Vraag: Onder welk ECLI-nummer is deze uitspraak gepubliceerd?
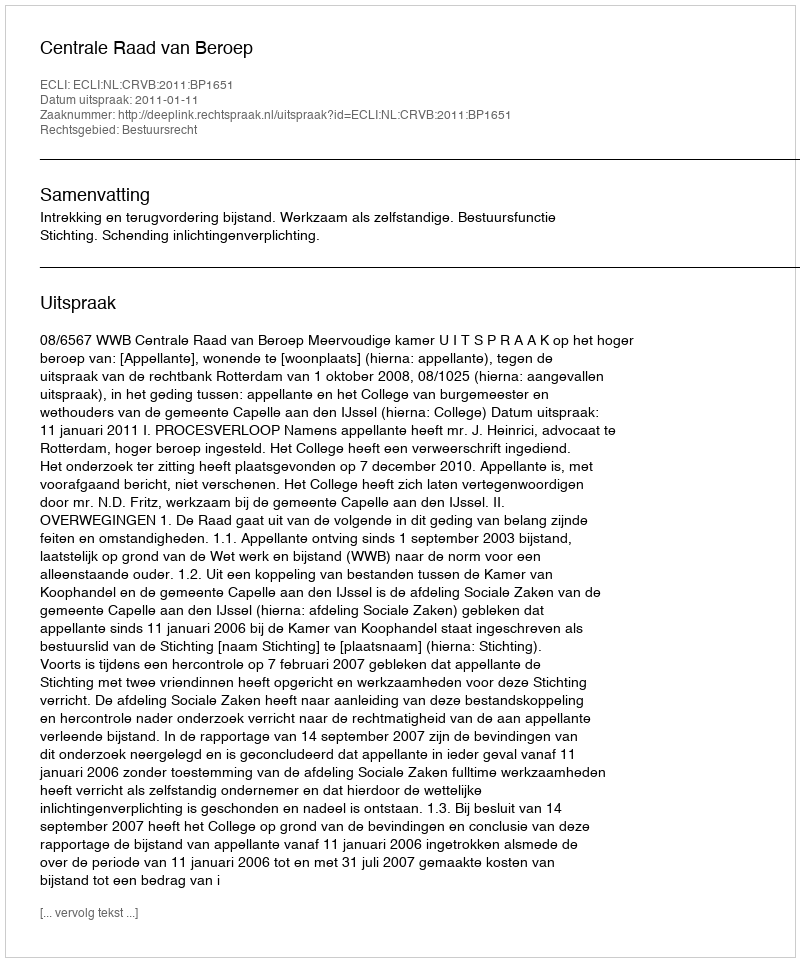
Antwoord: ECLI:NL:CRVB:2011:BP1651